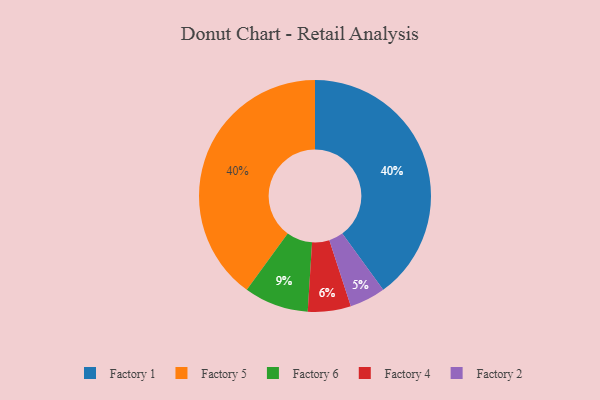
{"axis": {"x": "Category", "y": "Percentage"}, "legend": ["Factory 1", "Factory 2", "Factory 4", "Factory 5", "Factory 6"], "data": [{"x": "Factory 1", "y": 40, "type": "Factory 1"}, {"x": "Factory 6", "y": 9, "type": "Factory 6"}, {"x": "Factory 5", "y": 40, "type": "Factory 5"}, {"x": "Factory 2", "y": 5, "type": "Factory 2"}, {"x": "Factory 4", "y": 6, "type": "Factory 4"}]}